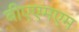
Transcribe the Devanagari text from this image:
बीएएमएम